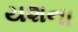
યશના